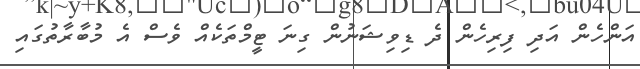
އަންހެން އަދި ފިރިހެން ދެ ޑިވިޝަނުން ގިނަ ޓީމްތަކެއް ވެސް އެ މުބާރާތުގައި